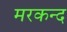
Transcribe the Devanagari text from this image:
मरकन्द